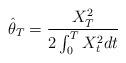
LaTeX: \begin{align*}\hat\theta_T=\frac{X_T^2}{2\int_0^TX_t^2dt} \end{align*}